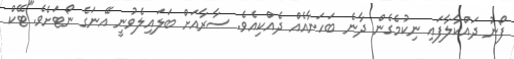
ފޯނު ދައްކާލާފައި ނިކުމެގެން ދާނެ ބަހަނާއެއް ދެއްކިއެވެ. ސާރާއަށް ބަލައިލެވުނީ އޭނަގެ ނޯޓަށެވެ."ޓޭކް